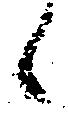
候